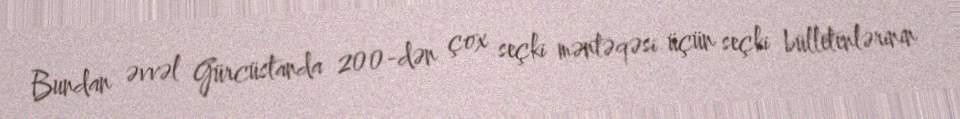
Bundan əvvəl Gürcüstanda 200-dən çox seçki məntəqəsi üçün seçki bülletenlərinin